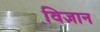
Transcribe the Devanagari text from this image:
वि़ज्ञान